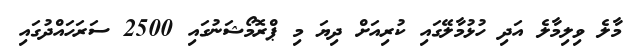
މާލެ ވިލިމާލެ އަދި ހުޅުމާލޭގައި ކުރިއަށް ދިޔަ މި ޕްރޮމޯޝަނުގައި 2500 ސަރަހައްދުގައި